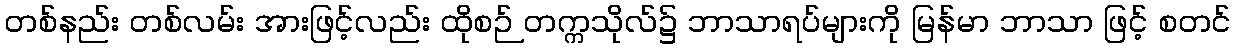
တစ်နည်း တစ်လမ်း အားဖြင့်လည်း ထိုစဉ် တက္ကသိုလ်၌ ဘာသာရပ်များကို မြန်မာ ဘာသာ ဖြင့် စတင်